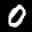
Label: 0